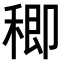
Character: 𥠈